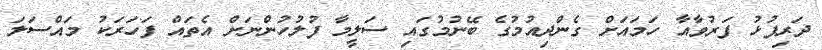
ދަރިފުޅު ފަރުވާއާ ހަމައަށް ގެންދިއުމުގެ ބޭނުމުގައި ސަލީމާ ފުލުހުންނަށް އެތައް ފަހަރަކު މައްސަލަ